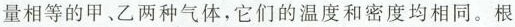
量相等的甲、乙两种气体，它们的温度和密度均相同。根